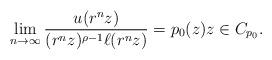
LaTeX: \begin{align*}\lim_{n \to \infty} \frac{u(r^n z)}{(r^n z)^{\rho -1} \ell(r^n z)} =p_0(z) z \in C_{p_0}.\end{align*}